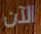
الآن